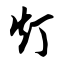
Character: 灯